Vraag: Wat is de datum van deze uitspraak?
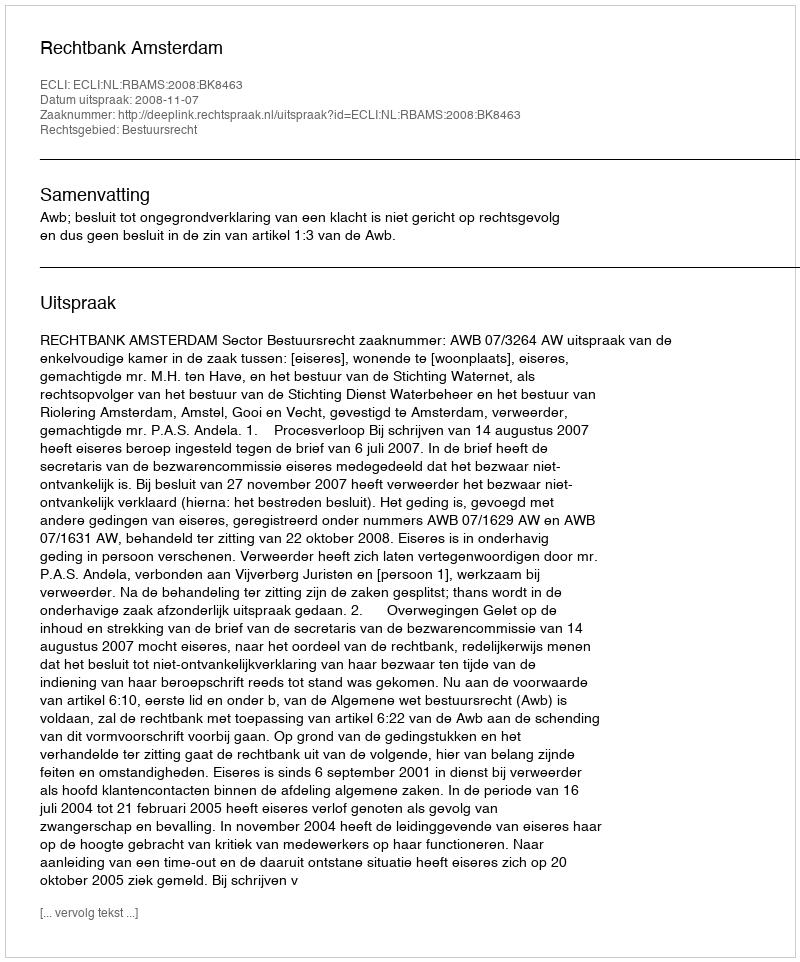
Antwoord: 2008-11-07